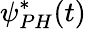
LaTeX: \psi_{PH}^{*}(t)